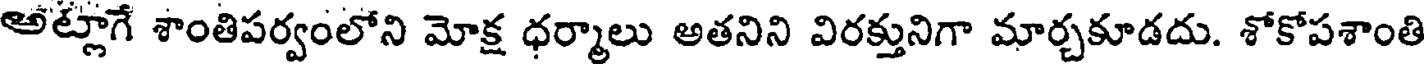
అట్లాగే శాంతిపర్వంలోని మోక్ష ధర్మాలు అతనిని విరక్తునిగా మార్చకూడదు. శోకోపశాంతి